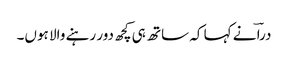
دراؔ نے کہا کہ ساتھ ہی کچھ دور رہنے والا ہوں۔